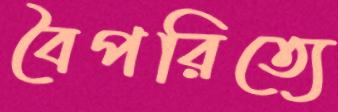
বৈপরিত্যে